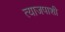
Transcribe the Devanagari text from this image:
त्याजपाशी